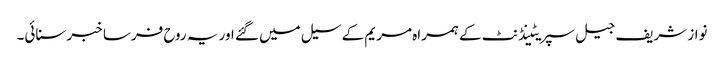
نواز شریف جیل سپریٹینڈنٹ کے ہمراہ مریم کے سیل میں گئے اور یہ روح فرسا خبر سنائی۔